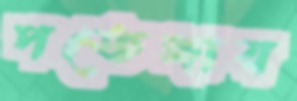
পতেঙ্গায়